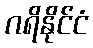
ဂရိနိုင်ငံ